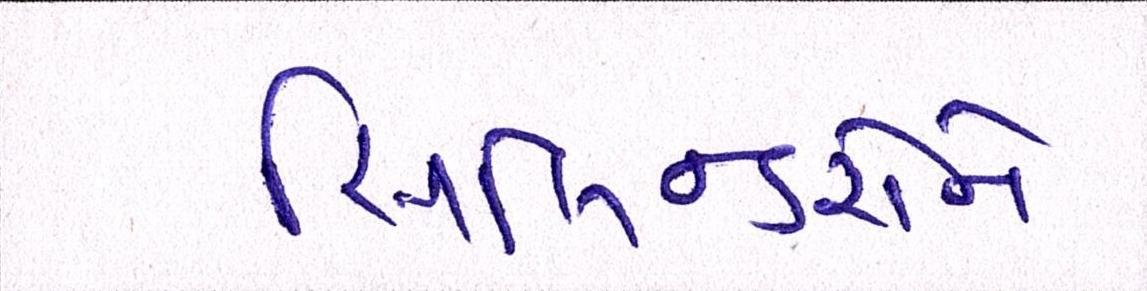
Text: સિલિન્ડરોને